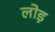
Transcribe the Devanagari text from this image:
लोड़